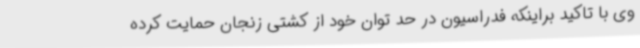
وی با تاکید براینکه فدراسیون در حد توان خود از کشتی زنجان حمایت کرده